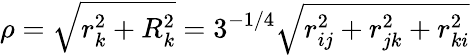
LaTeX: \rho=\sqrt{r_{k}^{2}+R_{k}^{2}}=3^{-1/4}\sqrt{r_{ij}^{2}+r_{jk}^{2}+r_{ki}^{2}}